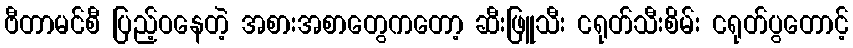
ဗီတာမင်စီ ပြည့်ဝနေတဲ့ အစားအစာတွေကတော့ ဆီးဖြူသီး ငရုတ်သီးစိမ်း ငရုတ်ပွတောင့်